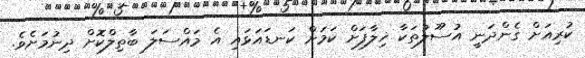
ކުރިއަށް ގެންދަނީ އުސޫލުތަކާ ޚިލާފަށް ކަމަށް ކަނޑައަޅައި އެ މައްސަލަ ބާތިލްކޮށް ދިނުމަށެވެ.